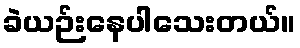
ခဲယဉ်းနေပါသေးတယ်။